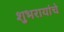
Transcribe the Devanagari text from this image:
शुभरायांचे